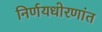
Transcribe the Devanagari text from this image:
निर्णयधोरणांत